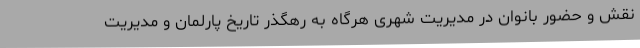
نقش و حضور بانوان در مدیریت شهری هرگاه به رهگذر تاریخ پارلمان و مدیریت